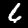
Label: 6